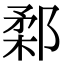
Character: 𨜙